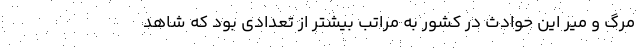
مرگ و میر این حوادث در کشور به مراتب بیشتر از تعدادی بود که شاهد